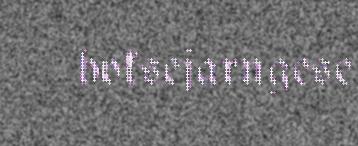
hoksejarngese